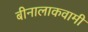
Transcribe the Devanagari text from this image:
बीनालाकवामी